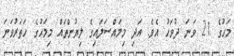
މަހުގެ 21 ވަނަ ދުވަހު އެވެ. އަދި މިމައްސަލައިގެ ލިޔުންތައް މިމަހުގެ ހަތަރުވަނަ